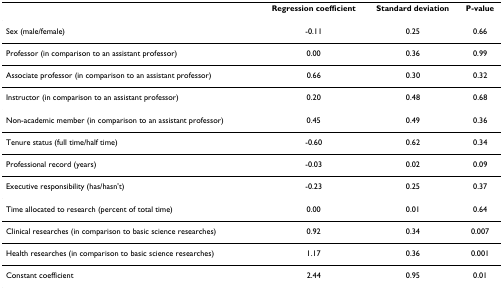
<table><thead><tr><td></td><td><b>Regression coefficient</b></td><td><b>Standard deviation</b></td><td><b>P-value</b></td></tr></thead><tbody><tr><td>Sex (male/female)</td><td>-0.11</td><td>0.25</td><td>0.66</td></tr><tr><td>Professor (in comparison to an assistant professor)</td><td>0.00</td><td>0.36</td><td>0.99</td></tr><tr><td>Associate professor (in comparison to an assistant professor)</td><td>0.66</td><td>0.30</td><td>0.32</td></tr><tr><td>Instructor (in comparison to an assistant professor)</td><td>0.20</td><td>0.48</td><td>0.68</td></tr><tr><td>Non-academic member (in comparison to an assistant professor)</td><td>0.45</td><td>0.49</td><td>0.36</td></tr><tr><td>Tenure status (full time/half time)</td><td>-0.60</td><td>0.62</td><td>0.34</td></tr><tr><td>Professional record (years)</td><td>-0.03</td><td>0.02</td><td>0.09</td></tr><tr><td>Executive responsibility (has/hasn&#x27;t)</td><td>-0.23</td><td>0.25</td><td>0.37</td></tr><tr><td>Time allocated to research (percent of total time)</td><td>0.00</td><td>0.01</td><td>0.64</td></tr><tr><td>Clinical researches (in comparison to basic science researches)</td><td>0.92</td><td>0.34</td><td>0.007</td></tr><tr><td>Health researches (in comparison to basic science researches)</td><td>1.17</td><td>0.36</td><td>0.001</td></tr><tr><td>Constant coefficient</td><td>2.44</td><td>0.95</td><td>0.01</td></tr></tbody></table>